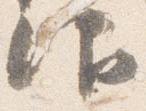
仰